Indian journal of veterinary science and animal husbandry - Volume 1,
Year: 1931
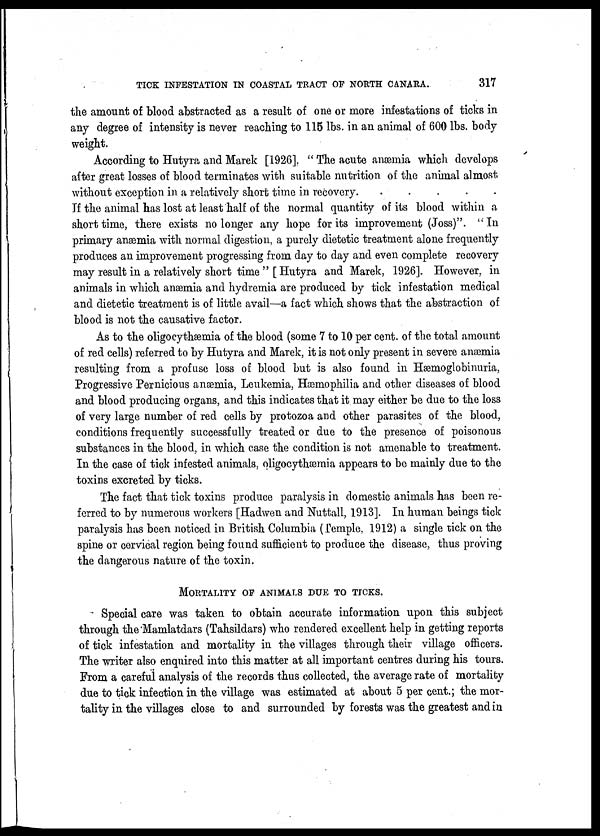
TICK INFESTATION IN COASTAL TRACT OF NORTH CANARA.
317
the amount of blood abstracted as a result of one or more infestations of ticks in
any degree of intensity is never reaching to 115 lbs. in an animal of 600 lbs. body
weight.
According to Hutyra and Marek [1926]. " The acute anæmia which develops
after great losses of blood terminates with suitable nutrition of the animal almost
without exception in a relatively short time in recovery.
.....
If the animal has lost at least half of the normal quantity of its blood within a
short time, there exists no longer any hope for its improvement (Joss)". "In
primary anæmia with normal digestion, a purely dietetic treatment alone frequently
produces an improvement progressing from day to day and even complete recovery
may result in a relatively short time " [ Hutyra and Marek, 1926]. However, in
animals in which anæmia and hydremia are produced by tick infestation medical
and dietetic treatment is of little avail—a fact which shows that the abstraction of
blood is not the causative factor.
As to the oligoeythæmia of the blood (some 7 to 10 per cent. of the total amount
of red cells) referred to by Hutyra and Marek, it is not only present in severe anæmia
resulting from a profuse loss of blood but is also found in Hæmoglobinuria,
Progressive Pernicious anæmia, Leukemia, Hæmophilia and other diseases of blood
and blood producing organs, and this indicates that it may either be due to the loss
of very large number of red cells by protozoa and other parasites of the blood,
conditions frequently successfully treated or due to the presence of poisonous
substances in the blood, in which case the condition is not amenable to treatment.
In the case of tick infested animals, oligocythæmia appears to be mainly due to the
toxins excreted by ticks.
The fact that tick toxins produce paralysis in domestic animals has been re-
ferred to by numerous workers [Hadwen and Nuttall, 1913]. In human beings tick
paralysis has been noticed in British Columbia (Temple, 1912) a single tick on the
spine or cervical region being found sufficient to produce the disease, thus proving
the dangerous nature of the toxin.
MORTALITY OF ANIMALS DUE TO TICKS.
Special care was taken to obtain accurate information upon this subject
through the Mamlatdars (Tahsildars) who rendered excellent help in getting reports
of tick infestation and mortality in the villages through their village officers.
The writer also enquired into this matter at all important centres during his tours.
From a careful analysis of the records thus collected, the average rate of mortality
due to tick infection in the village was estimated at about 5 per cent.; the mor-
tality in the villages close to and surrounded by forests was the greatest and in